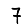
Digit: 7